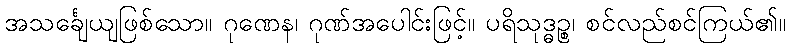
အသင်္ချေယျဖြစ်သော။ ဂုဏေန၊ ဂုဏ်အပေါင်းဖြင့်။ ပရိသုဒ္ဓဉ္စ၊ စင်လည်စင်ကြယ်၏။